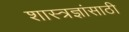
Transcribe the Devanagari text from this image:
शास्त्रज्ञांसाठी